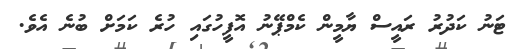
ޓަނު ކަދުރު ރައީސް ޔާމީން ކެމްޕޭނު އޮފީހުގައި ހުރެ ކަމަށް ބުނެ އެވެ.